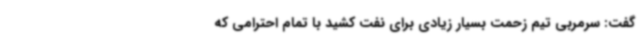
گفت: سرمربی تیم زحمت بسیار زیادی برای نفت کشید با تمام احترامی که